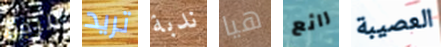
الرجل تريد ندبة هيا رائع العصيبة